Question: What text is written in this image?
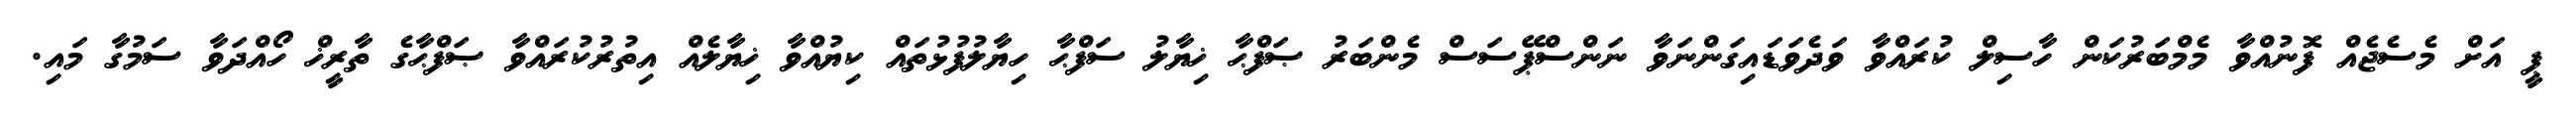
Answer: ޕީ އަށް މެސެޖެއް ފޮނުއްވާ މެމްބަރުކަން ހާސިލް ކުރައްވާ ވަދެވަޑައިގަންނަވާ ނަންސްޕޭސަސް މެންބަރު ޞަފްޙާ ޚިޔާލު ސަފްޙާ ހިޔާލުފުޅުތައް ކިޔުއްވާ ޚިޔާލެއް އިތުރުކުރައްވާ ޞަފްޙާގެ ތާރީޚް ހޯއްދަވާ ސަމުގާ މައި.